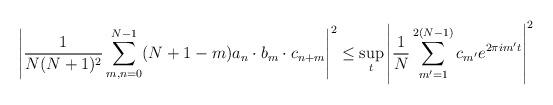
LaTeX: \begin{align*}\left| \frac{1}{N(N+1)^2} \sum_{m, n = 0}^{N-1} (N + 1 - m) a_n \cdot b_m \cdot c_{n+m} \right|^2\leq \sup_t \left| \frac{1}{N} \sum_{m'=1}^{2(N-1)} c_{m'} e^{2\pi i m' t} \right|^2\end{align*}